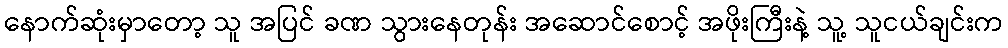
နောက်ဆုံးမှာတော့ သူ အပြင် ခဏ သွားနေတုန်း အဆောင်စောင့် အဖိုးကြီးနဲ့ သူ့ သူငယ်ချင်းက